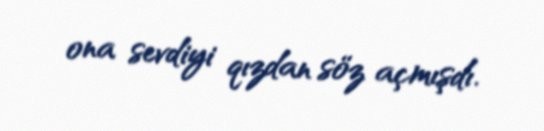
ona sevdiyi qızdan söz açmışdı.